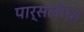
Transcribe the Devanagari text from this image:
पार्सलीचा